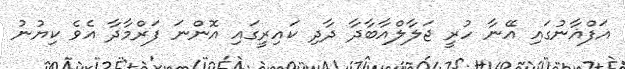
އަފްޣާނުގައި އޭނާ ހުރީ ޖަލާލްއާބާދާ ދާދި ކައިރީގައި އޮންނަ ފަރްމާދާ އެވެ ކިޔުނު